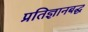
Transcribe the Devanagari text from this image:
प्रतिज्ञानबद्ध